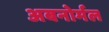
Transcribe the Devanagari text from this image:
अबनोर्मल